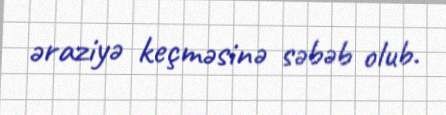
əraziyə keçməsinə səbəb olub.